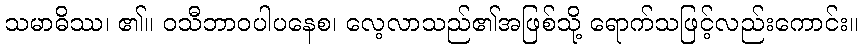
သမာဓိဿ၊ ၏။ ဝသီဘာဝပါပနေစ၊ လေ့လာသည်၏အဖြစ်သို့ ရောက်သဖြင့်လည်းကောင်း။